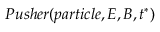
P u s h e r ( p a r t i c l e , E , B , t ^ { \ast } )